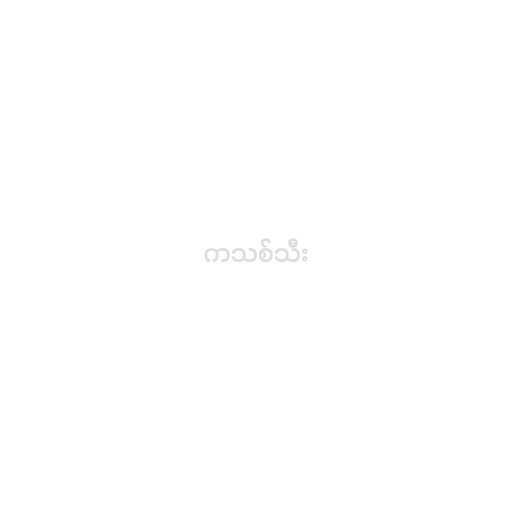
ကသစ်သီး